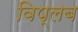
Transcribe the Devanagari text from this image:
विप्लब